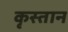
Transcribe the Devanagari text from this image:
कृस्तान